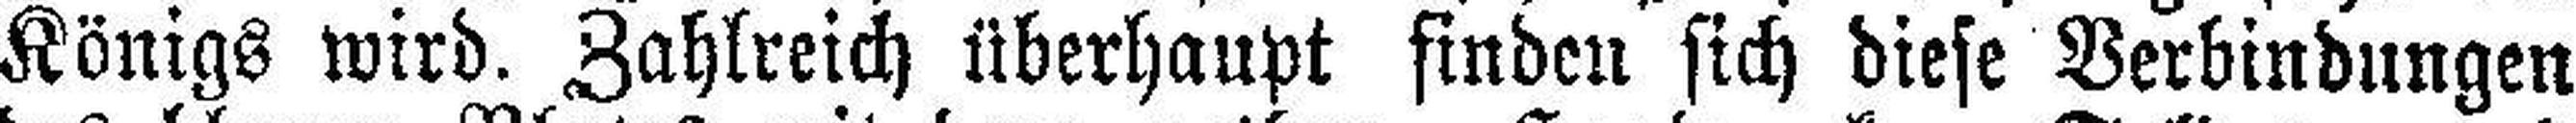
Königs wird. Zahlreich überhaupt finden sich diese Verbindungen